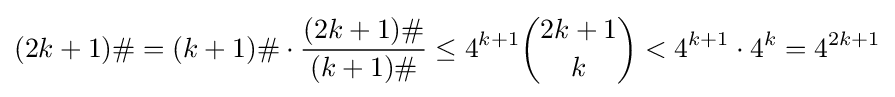
(2k+1)\#=(k+1)\#\cdot {\frac {(2k+1)\#}{(k+1)\#}}\leq 4^{k+1}{\binom {2k+1}{k}}<4^{k+1}\cdot 4^{k}=4^{2k+1}